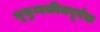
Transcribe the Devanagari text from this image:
भूचुम्बकीयपूर्वक